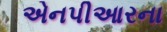
એનપીઆરના